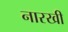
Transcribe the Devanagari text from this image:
नारखी